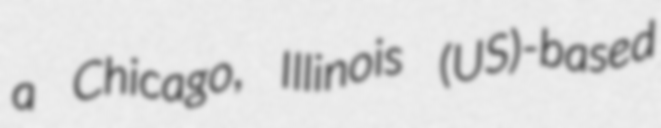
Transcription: a Chicago, Illinois (US)-based